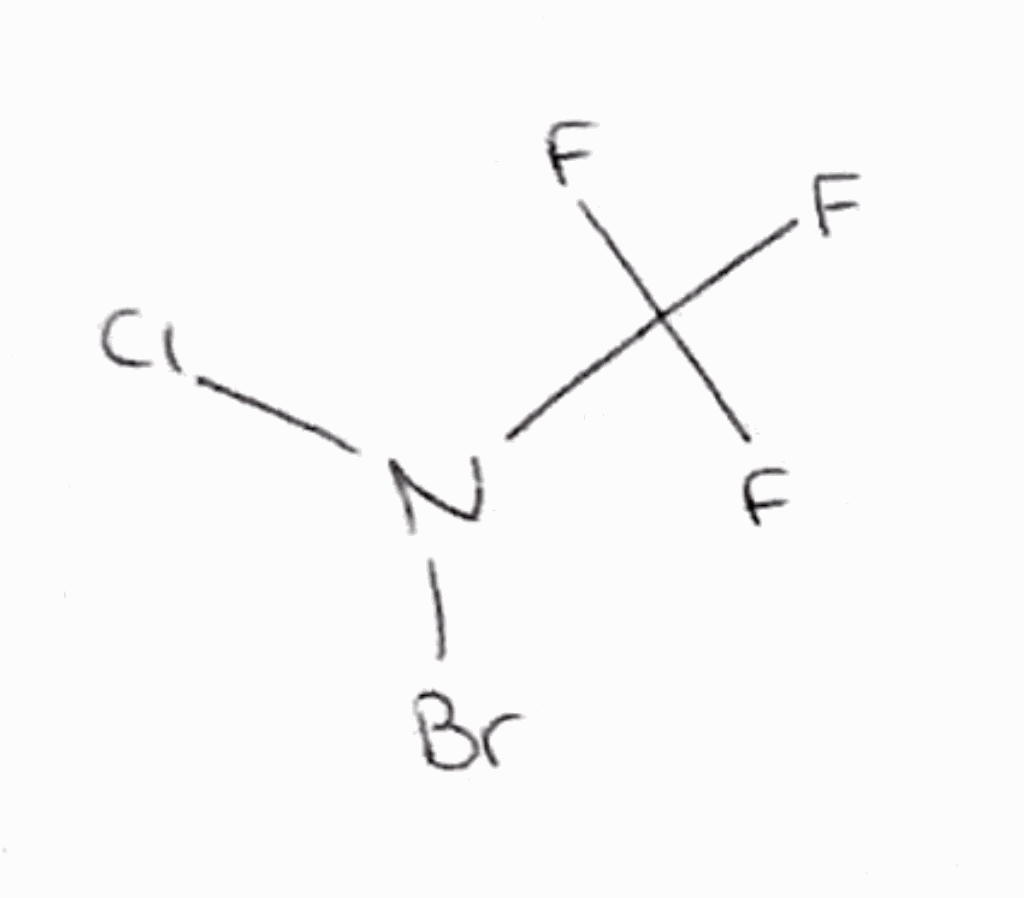
Simplified molecular-input line-entry system (SMILES) notation of the given molecule:
C(N(Cl)Br)(F)(F)F